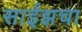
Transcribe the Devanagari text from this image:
साईझचा